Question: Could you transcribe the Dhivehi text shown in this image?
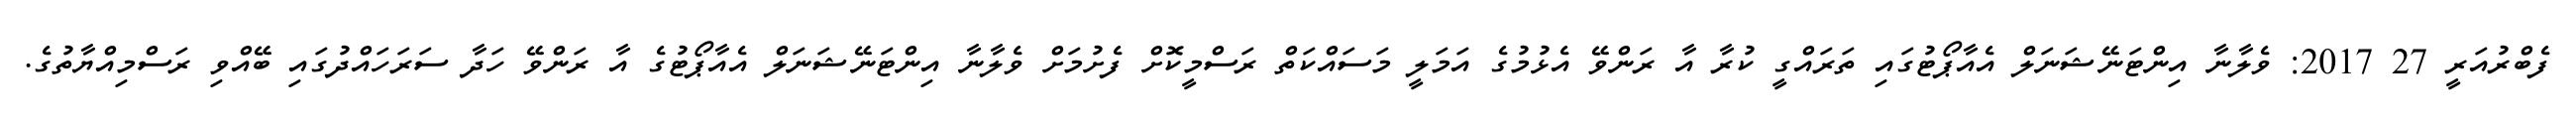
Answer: ފެބްރުއަރީ 27 2017: ވެލާނާ އިންޓަނޭޝަނަލް އެއާޕޯޓުގައި ތަރައްގީ ކުރާ އާ ރަންވޭ އެޅުމުގެ އަމަލީ މަސައްކަތް ރަސްމީކޮށް ފެށުމަށް ވެލާނާ އިންޓަނޭޝަނަލް އެއާޕޯޓުގެ އާ ރަންވޭ ހަދާ ސަރަހައްދުގައި ބޭއްވި ރަސްމިއްޔާތުގެ.